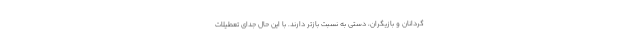
گردانان و بازیگران، دستی به نسبت بازتر دارند. با این حال جدای تعطیلات